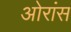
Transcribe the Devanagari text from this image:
ओरांंस